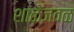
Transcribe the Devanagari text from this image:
शाळेजवळ